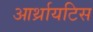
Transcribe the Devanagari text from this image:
आर्थ्रायटिस